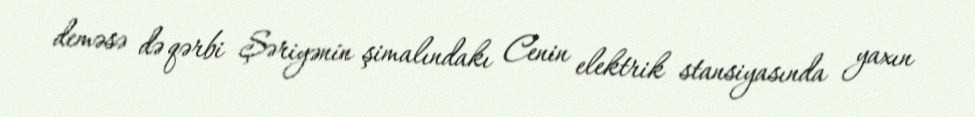
deməsə də qərbi Şəriyənin şimalındakı Cenin elektrik stansiyasında yaxın